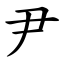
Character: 尹